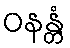
ဝနန္တံ